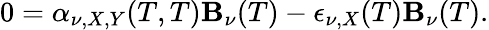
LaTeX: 0=\alpha_{\nu,X,Y}(T,T)\mathbf{B}_{\nu}(T)-\epsilon_{\nu,X}(T)\mathbf{B}_{\nu}(T).